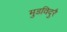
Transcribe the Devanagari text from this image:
मुडविदुरै